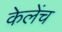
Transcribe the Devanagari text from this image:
केलेंच